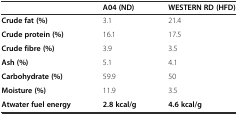
<table><thead><tr><td></td><td><b>A04 (ND)</b></td><td><b>WESTERN RD (HFD)</b></td></tr></thead><tbody><tr><td><b>Crude fat (%)</b></td><td>3.1</td><td>21.4</td></tr><tr><td><b>Crude protein (%)</b></td><td>16.1</td><td>17.5</td></tr><tr><td><b>Crude fibre (%)</b></td><td>3.9</td><td>3.5</td></tr><tr><td><b>Ash (%)</b></td><td>5.1</td><td>4.1</td></tr><tr><td><b>Carbohydrate (%)</b></td><td>59.9</td><td>50</td></tr><tr><td><b>Moisture (%)</b></td><td>11.9</td><td>3.5</td></tr><tr><td><b>Atwater fuel energy</b></td><td><b>2.8 kcal/g</b></td><td><b>4.6 kcal/g</b></td></tr></tbody></table>